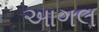
આગલ